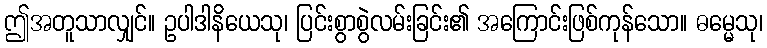
ဤအတူသာလျှင်။ ဥပါဒါနိယေသု၊ ပြင်းစွာစွဲလမ်းခြင်း၏ အကြောင်းဖြစ်ကုန်သော။ ဓမ္မေသု၊